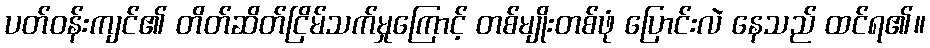
ပတ်ဝန်းကျင်၏ တိတ်ဆိတ်ငြိမ်သက်မှုကြောင့် တစ်မျိုးတစ်ဖုံ ပြောင်းလဲ နေသည် ထင်ရ၏။